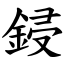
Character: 鋟